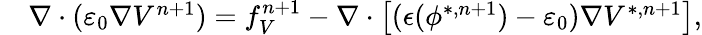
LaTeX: \begin{array}{rl}{\small}&{{}\nabla\cdot(\varepsilon_{0}\nabla V^{n+1})=f_{V}^{n+1}-\nabla\cdot\left[(\epsilon(\phi^{*,n+1})-\varepsilon_{0})\nabla V^{*,n+1}\right],}\end{array}